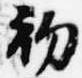
初